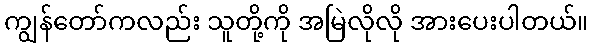
ကျွန်တော်ကလည်း သူတို့ကို အမြဲလိုလို အားပေးပါတယ်။